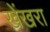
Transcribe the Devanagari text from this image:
खेंखरा